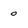
Character: 0